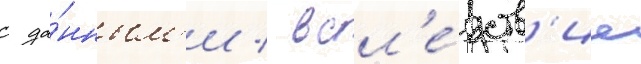
с да́нным'и / всл'е́дств'ие